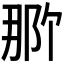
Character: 𬪄